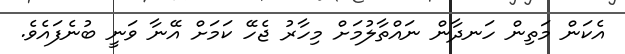
އެކަން މަތިން ހަނދާން ނައްތާލުމަށް މިހާރު ޖެހޭ ކަމަށް އޭނާ ވަނީ ބުނެފައެވެ.